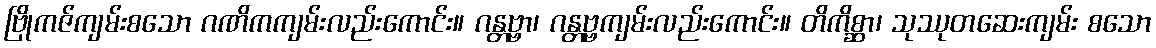
ဗြိုကဇ်ကျမ်းစသော ဂဏိကကျမ်းလည်းကောင်း။ ဂန္တဗ္ဗာ၊ ဂန္တဗ္ဗကျမ်းလည်းကောင်း။ တိကိစ္ဆာ၊ သုဿုတဆေးကျမ်း စသော